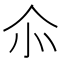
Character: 𠇍